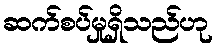
ဆက်စပ်မှုရှိသည်ဟု